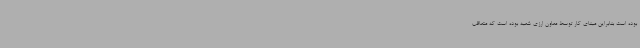
بوده است بنابراین مبنای کار توسط معاون ارزی شعبه بوده است که متعاقب